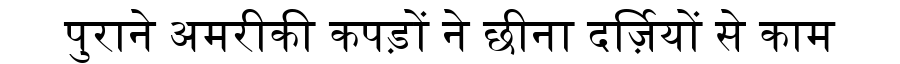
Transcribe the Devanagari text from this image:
पुराने अमरीकी कपड़ों ने छीना दर्ज़ियों से काम